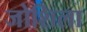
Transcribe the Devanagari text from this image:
जोशिला